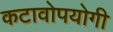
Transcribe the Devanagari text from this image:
कटावोपयोगी